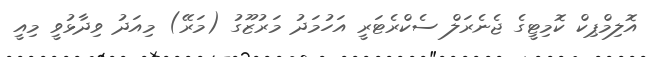
އޮލިމްޕިކް ކޮމިޓީގެ ޖެނެރަލް ސެކްރެޓަރީ އަހުމަދު މަރުޒޫގު (މަރޭ) މިއަދު ވިދާޅުވީ މިއީ